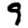
Digit: 9